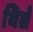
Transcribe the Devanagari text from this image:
थिले